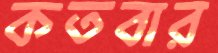
কতবার